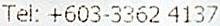
TEL: +603-3362 4137